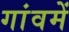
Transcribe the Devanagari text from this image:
गांवमें